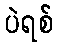
ပဲရစ်